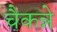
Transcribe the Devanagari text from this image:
चैकन्ने